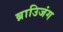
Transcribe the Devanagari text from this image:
ब्राउिजंग